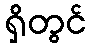
ရှိတွင်